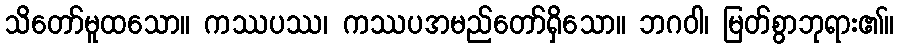
သိတော်မူထသော။ ကဿပဿ၊ ကဿပအမည်တော်ရှိသော။ ဘဂဝါ၊ မြတ်စွာဘုရား၏။